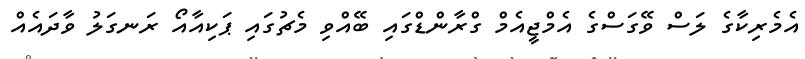
އެމެރިކާގެ ލަސް ވޭގަސްގެ އެމްޖީއެމް ގްރާންޑްގައި ބޭއްވި މެޗުގައި ޕަކިއާއޯ ރަނގަލު ވާދައެއް